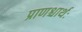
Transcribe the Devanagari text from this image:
प्राणश्चार्थः